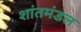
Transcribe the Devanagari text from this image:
शांतमंडल